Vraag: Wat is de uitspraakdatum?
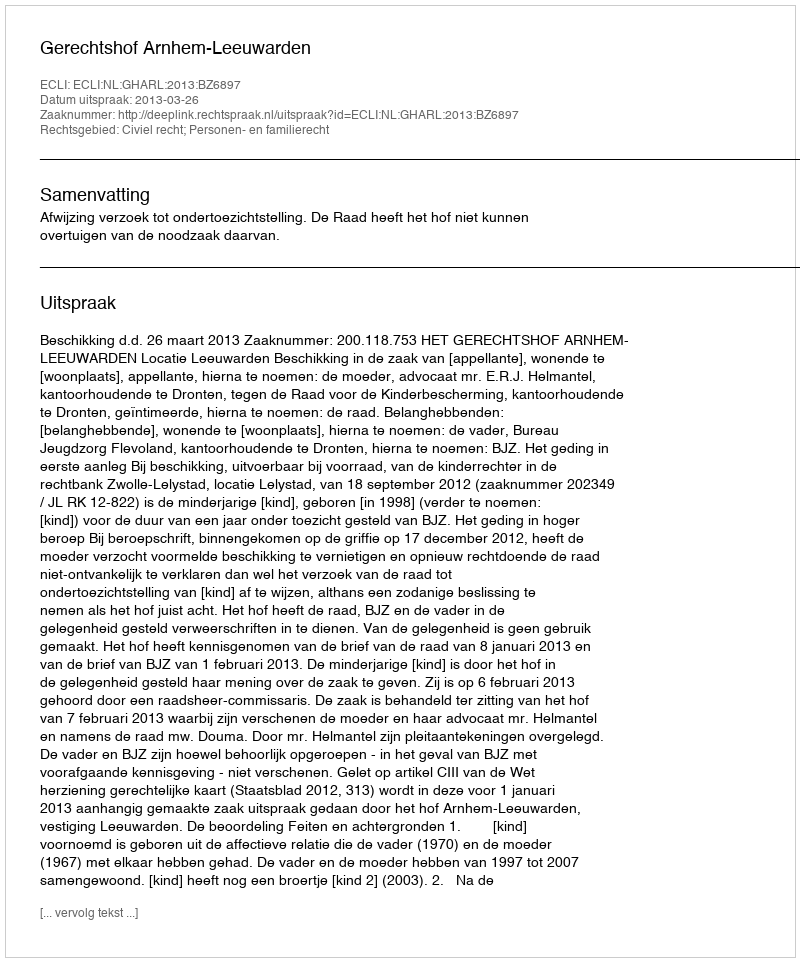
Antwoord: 2013-03-26